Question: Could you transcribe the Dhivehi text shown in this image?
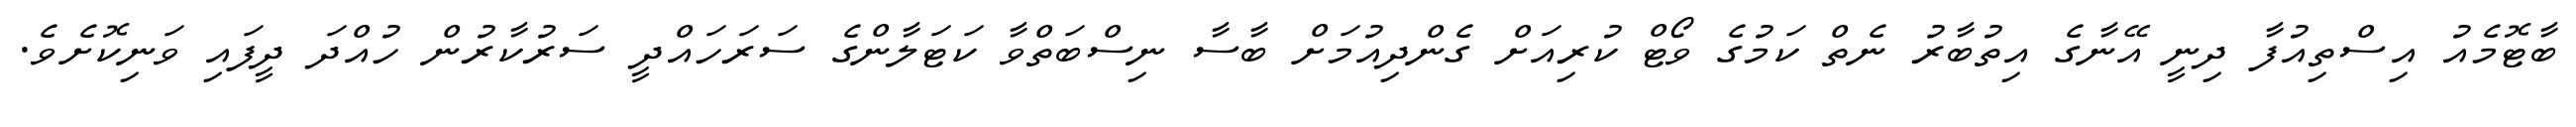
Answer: ބާޓޮމެއު އިސްތިއުފާ ދިނީ އޭނާގެ އިތުބާރު ނެތް ކަމުގެ ވޯޓް ކުރިއަށް ގެންދިއުމަށް ބާސާ ނިސްބަތްވާ ކަޓަލާންގެ ސަރަހައްދީ ސަރުކާރުން ހުއްދަ ދީފައި ވަނިކޮށެވެ.